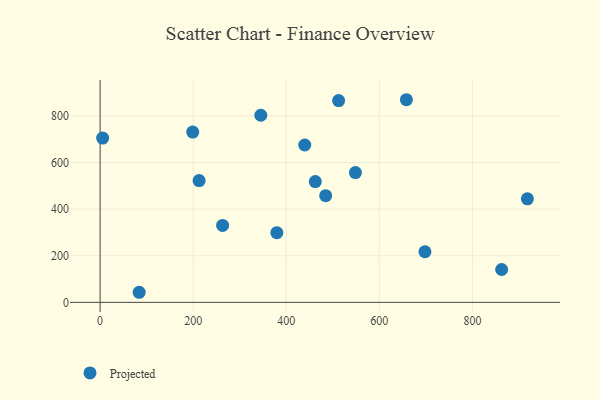
{"axis": {"x": "Study Hours", "y": "Rating"}, "legend": ["Projected"], "data": [{"x": "263.2", "y": 329.8, "type": "Projected"}, {"x": "379.7", "y": 298.9, "type": "Projected"}, {"x": "918.1", "y": 444.0, "type": "Projected"}, {"x": "5.4", "y": 704.7, "type": "Projected"}, {"x": "345.3", "y": 802.5, "type": "Projected"}, {"x": "439.7", "y": 674.9, "type": "Projected"}, {"x": "862.8", "y": 140.8, "type": "Projected"}, {"x": "484.7", "y": 457.6, "type": "Projected"}, {"x": "199.0", "y": 730.1, "type": "Projected"}, {"x": "698.0", "y": 217.0, "type": "Projected"}, {"x": "83.9", "y": 43.2, "type": "Projected"}, {"x": "658.1", "y": 869.0, "type": "Projected"}, {"x": "548.6", "y": 556.7, "type": "Projected"}, {"x": "462.4", "y": 518.0, "type": "Projected"}, {"x": "212.7", "y": 522.1, "type": "Projected"}, {"x": "512.5", "y": 865.5, "type": "Projected"}]}